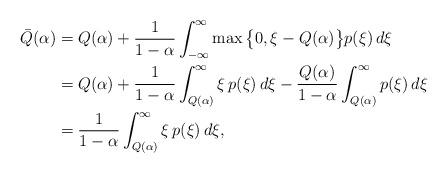
LaTeX: \begin{align*}\bar Q(\alpha) &= Q(\alpha) + \frac{1}{1-\alpha}\int_{-\infty}^\infty \max\big\{0, \xi - Q(\alpha)\big\} p(\xi) \,d\xi\\&= Q(\alpha) + \frac{1}{1-\alpha}\int_{Q(\alpha)}^\infty \xi \, p(\xi) \,d\xi - \frac{Q(\alpha)}{1-\alpha}\int_{Q(\alpha)}^\infty p(\xi) \,d\xi\\& = \frac{1}{1-\alpha}\int_{Q(\alpha)}^\infty \xi \, p(\xi) \,d\xi,\end{align*}